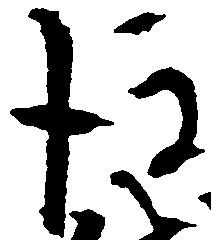
後